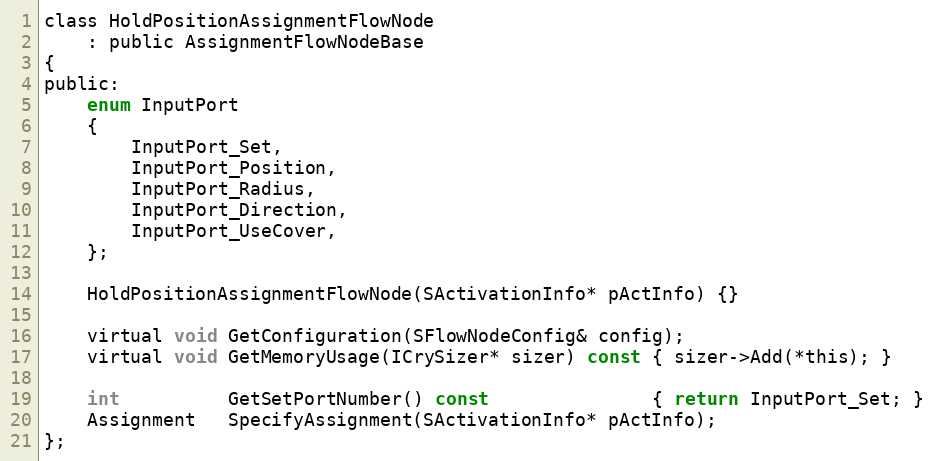
Language: C
class HoldPositionAssignmentFlowNode
	: public AssignmentFlowNodeBase
{
public:
	enum InputPort
	{
		InputPort_Set,
		InputPort_Position,
		InputPort_Radius,
		InputPort_Direction,
		InputPort_UseCover,
	};

	HoldPositionAssignmentFlowNode(SActivationInfo* pActInfo) {}

	virtual void GetConfiguration(SFlowNodeConfig& config);
	virtual void GetMemoryUsage(ICrySizer* sizer) const { sizer->Add(*this); }

	int          GetSetPortNumber() const               { return InputPort_Set; }
	Assignment   SpecifyAssignment(SActivationInfo* pActInfo);
};